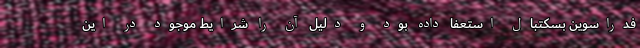
فدراسوین بسکتبال استعفا داده بود و دلیل آن را شرایط موجود در این